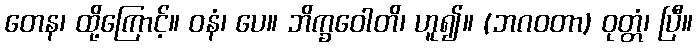
တေန၊ ထို့ကြောင့်။ ဝနံ၊ ပေ။ ဘိက္ခဝေါတိ၊ ဟူ၍။ (ဘဂဝတာ) ဝုတ္တံ၊ ပြီ။